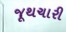
જૂથચારી